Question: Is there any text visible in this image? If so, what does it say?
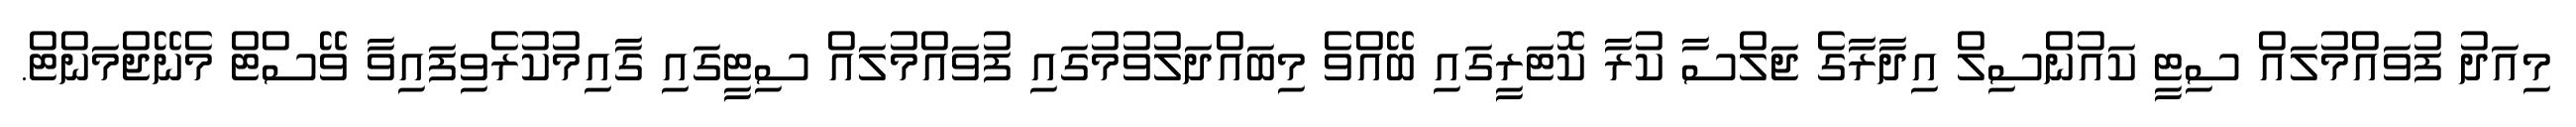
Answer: މިއަދު ފުވައްމުލައް ސިޓީ ކައުންސިލް އިދާރާގެ ޖަލްސާ ކުރާ ކޮޓަރީގައި ބޭއްވެ މިބައްދަލުވުމުގައި ފުވައްމުލައް ސިޓީގައި ގާއިމުކުރެވިފައިވާ ވޭސްޓް މެނޭޖްމަންޓް.